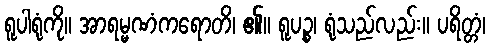
ရူပါရုံကို။ အာရမ္မဏံကရောတိ၊ ၏။ ရူပဉ္စ၊ ရုံသည်လည်း။ ပရိတ္တံ၊